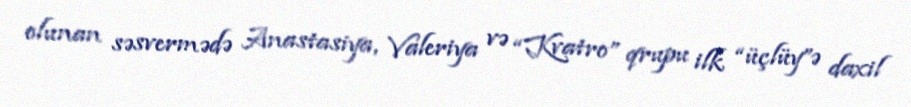
olunan səsvermədə Anastasiya, Valeriya və “Kvatro” qrupu ilk “üçlüy”ə daxil